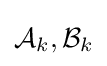
{\mathcal {A}}_{k},{\mathcal {B}}_{k}